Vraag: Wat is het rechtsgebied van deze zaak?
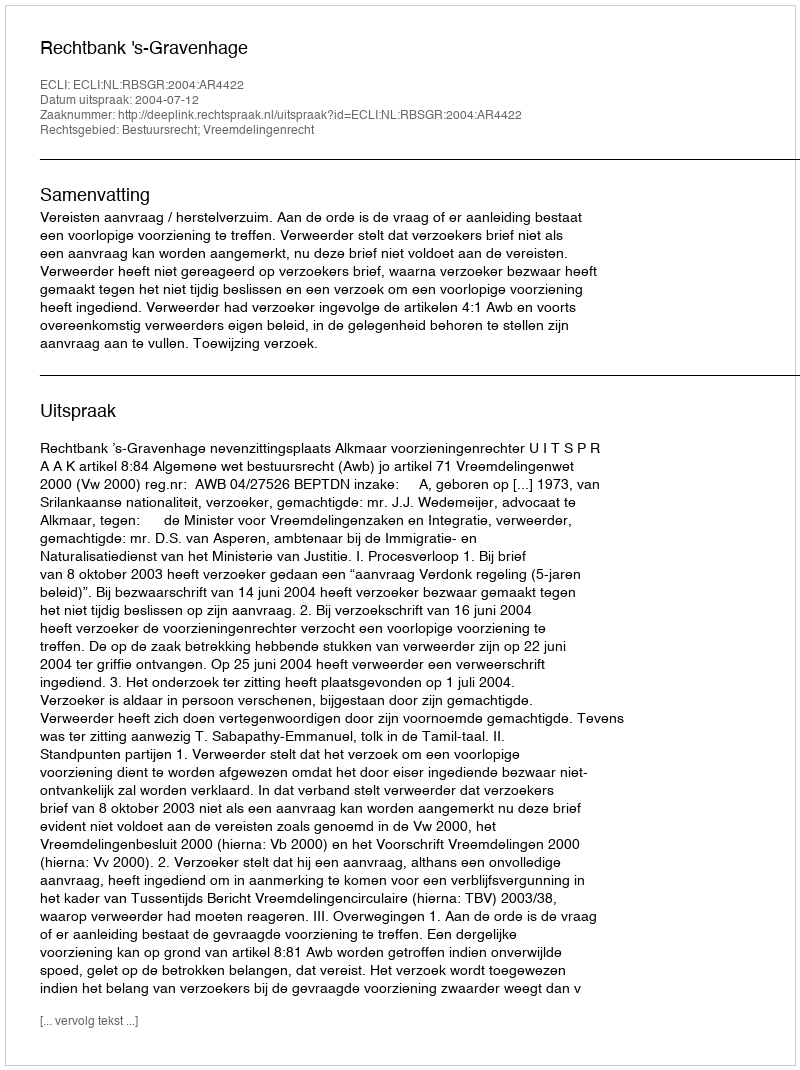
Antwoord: Bestuursrecht; Vreemdelingenrecht